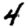
Digit: 4